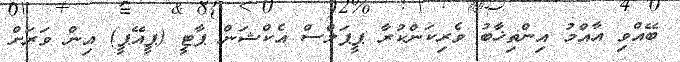
ބޭއްވި އާއްމު އިންތިޚާބު ވެރިކަންކުރާ ޕީޕަލްސް އެކްޝަން ޕާޓީ (ޕީއޭޕީ) އިން ވަރަށް